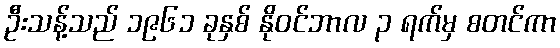
ဦးသန့်သည် ၁၉၆၁ ခုနှစ် နိုဝင်ဘာလ ၃ ရက်မှ စတင်ကာ